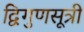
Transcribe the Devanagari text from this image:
द्विगुणसूत्री